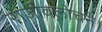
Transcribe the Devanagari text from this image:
राजीवलोचने।